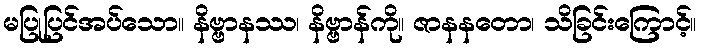
မပြုပြင်အပ်သော။ နိဗ္ဗာနဿ၊ နိဗ္ဗာန်ကို။ ဇာနနတော၊ သိခြင်းကြောင့်။